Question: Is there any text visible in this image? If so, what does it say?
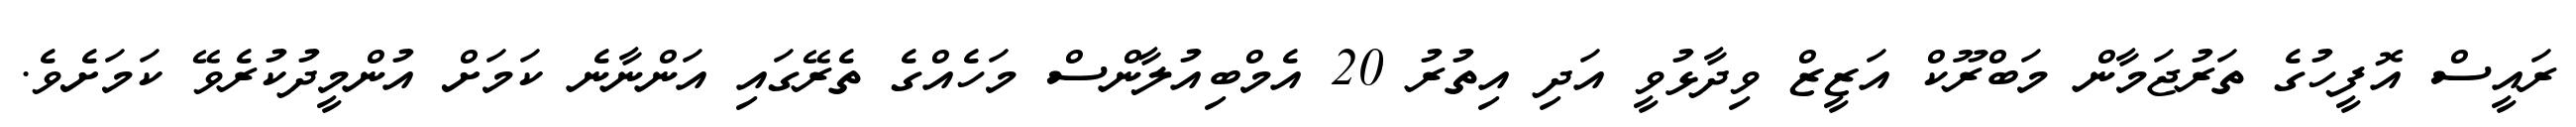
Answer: ރައީސް އޮފީހުގެ ތަރުޖަމާން މަބްރޫކް އަޒީޒް ވިދާޅުވީ އަދި އިތުރު 20 އެމްބިއުލާންސް މަހެއްގެ ތެރޭގައި އަންނާނެ ކަމަށް އުންމީދުކުރެވޭ ކަމަށެވެ.